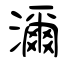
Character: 濔